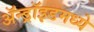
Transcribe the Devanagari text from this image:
ॲन्ड्रॉइडमध्ये